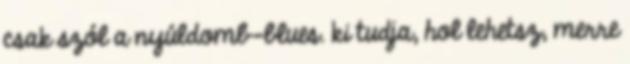
csak szól a nyúldomb-blues. ki tudja, hol lehetsz, merre